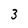
Character: 3